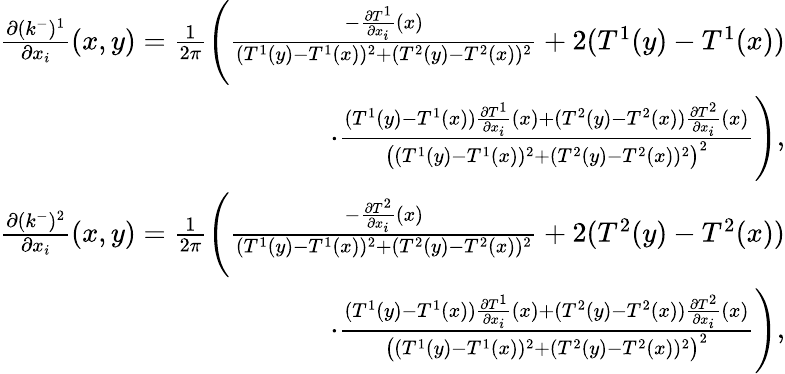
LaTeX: \begin{array}{r}{\frac{\partial(k^{-})^{1}}{\partial x_{i}}(x,y)=\frac{1}{2\pi}\Bigg(\frac{-\frac{\partial T^{1}}{\partial x_{i}}(x)}{(T^{1}(y)-T^{1}(x))^{2}+(T^{2}(y)-T^{2}(x))^{2}}+2(T^{1}(y)-T^{1}(x))}\\ {\cdot\frac{(T^{1}(y)-T^{1}(x))\frac{\partial T^{1}}{\partial x_{i}}(x)+(T^{2}(y)-T^{2}(x))\frac{\partial T^{2}}{\partial x_{i}}(x)}{\big((T^{1}(y)-T^{1}(x))^{2}+(T^{2}(y)-T^{2}(x))^{2}\big)^{2}}\Bigg),}\\ {\frac{\partial(k^{-})^{2}}{\partial x_{i}}(x,y)=\frac{1}{2\pi}\Bigg(\frac{-\frac{\partial T^{2}}{\partial x_{i}}(x)}{(T^{1}(y)-T^{1}(x))^{2}+(T^{2}(y)-T^{2}(x))^{2}}+2(T^{2}(y)-T^{2}(x))}\\ {\cdot\frac{(T^{1}(y)-T^{1}(x))\frac{\partial T^{1}}{\partial x_{i}}(x)+(T^{2}(y)-T^{2}(x))\frac{\partial T^{2}}{\partial x_{i}}(x)}{\big((T^{1}(y)-T^{1}(x))^{2}+(T^{2}(y)-T^{2}(x))^{2}\big)^{2}}\Bigg),}\end{array}